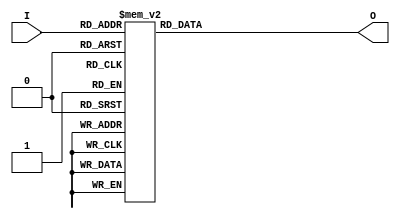
module voter (I, O);
input [3:0] I; // I 4 men
output [3:1] O; // O Result
reg [3:1] O; 

always@ (I)
case (I)
   4'b0000: O=3'b001;
   4'b0001: O=3'b001;
   4'b0010: O=3'b001;
   4'b0011: O=3'b010;
   4'b0100: O=3'b001;
   4'b0101: O=3'b010;
   4'b0110: O=3'b010;
   4'b0111: O=3'b100;
   4'b1000: O=3'b001;
   4'b1001: O=3'b010;
   4'b1010: O=3'b010;
   4'b1011: O=3'b100;
   4'b1100: O=3'b010;
   4'b1101: O=3'b100;
   4'b1110: O=3'b100;
   4'b1111: O=3'b100;
   default: O=3'b000;
endcase
endmodule